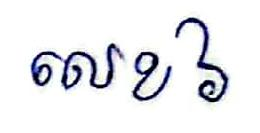
លេខ ៦